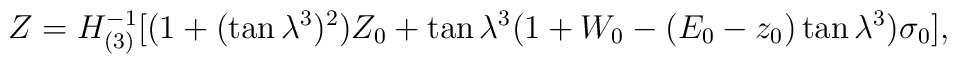
Z=H_{(3)}^{-1}[(1+(\tan \lambda ^3)^2)Z_0+\tan \lambda ^3(1+W_0-(E_0-z_0)\tan \lambda ^3)\sigma _0],